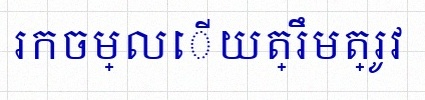
រកចម្លើយត្រឹមត្រូវ